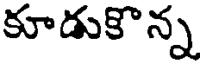
కూడుకొన్న